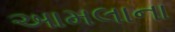
આમલાના